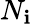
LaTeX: N_{\mathbf{i}}